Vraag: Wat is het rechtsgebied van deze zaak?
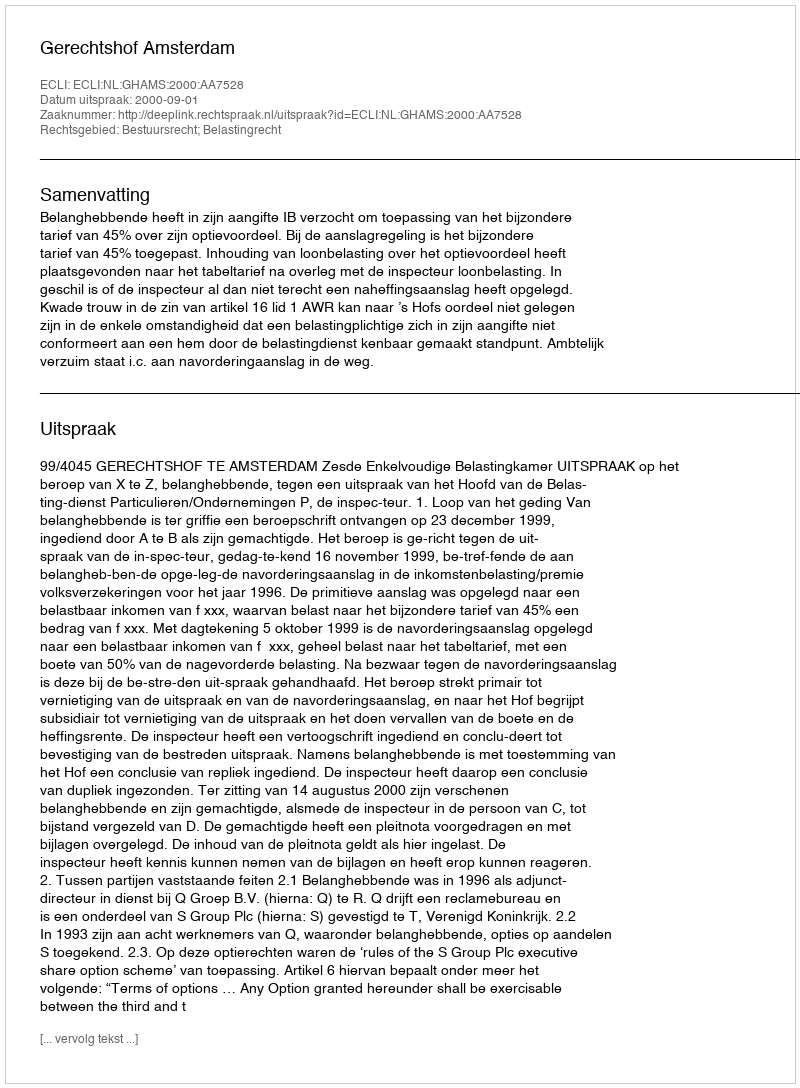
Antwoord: Bestuursrecht; Belastingrecht